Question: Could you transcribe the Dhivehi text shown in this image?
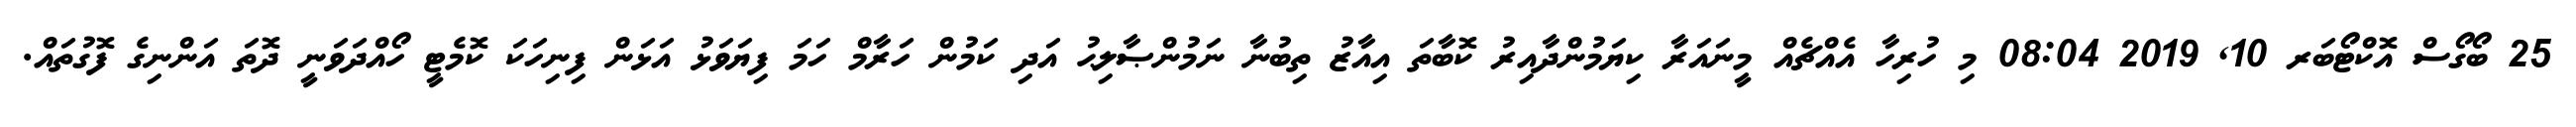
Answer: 25 ބޯގޯސް އޮކްޓޯބަރ 10, 2019 08:04 މި ހުރިހާ އެއްޗެއް މީނައަރާ ކިޔަމުންދާއިރު ކޮބާތަ އިއާޒު ތިބުނާ ނަމުންޞާލިޙު އަދި ކަމުން ހަރާމް ހަމަ ފިޔަވަޅު އަޅަން ފިނިހަކަ ކޮމެޓީ ހޯއްދަވަނީ ދޮތަ އަންނިގެ ފޮގުތައް.